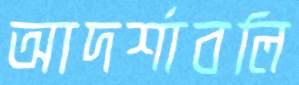
আদর্শাবলি